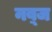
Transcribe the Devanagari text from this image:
नब़्ज